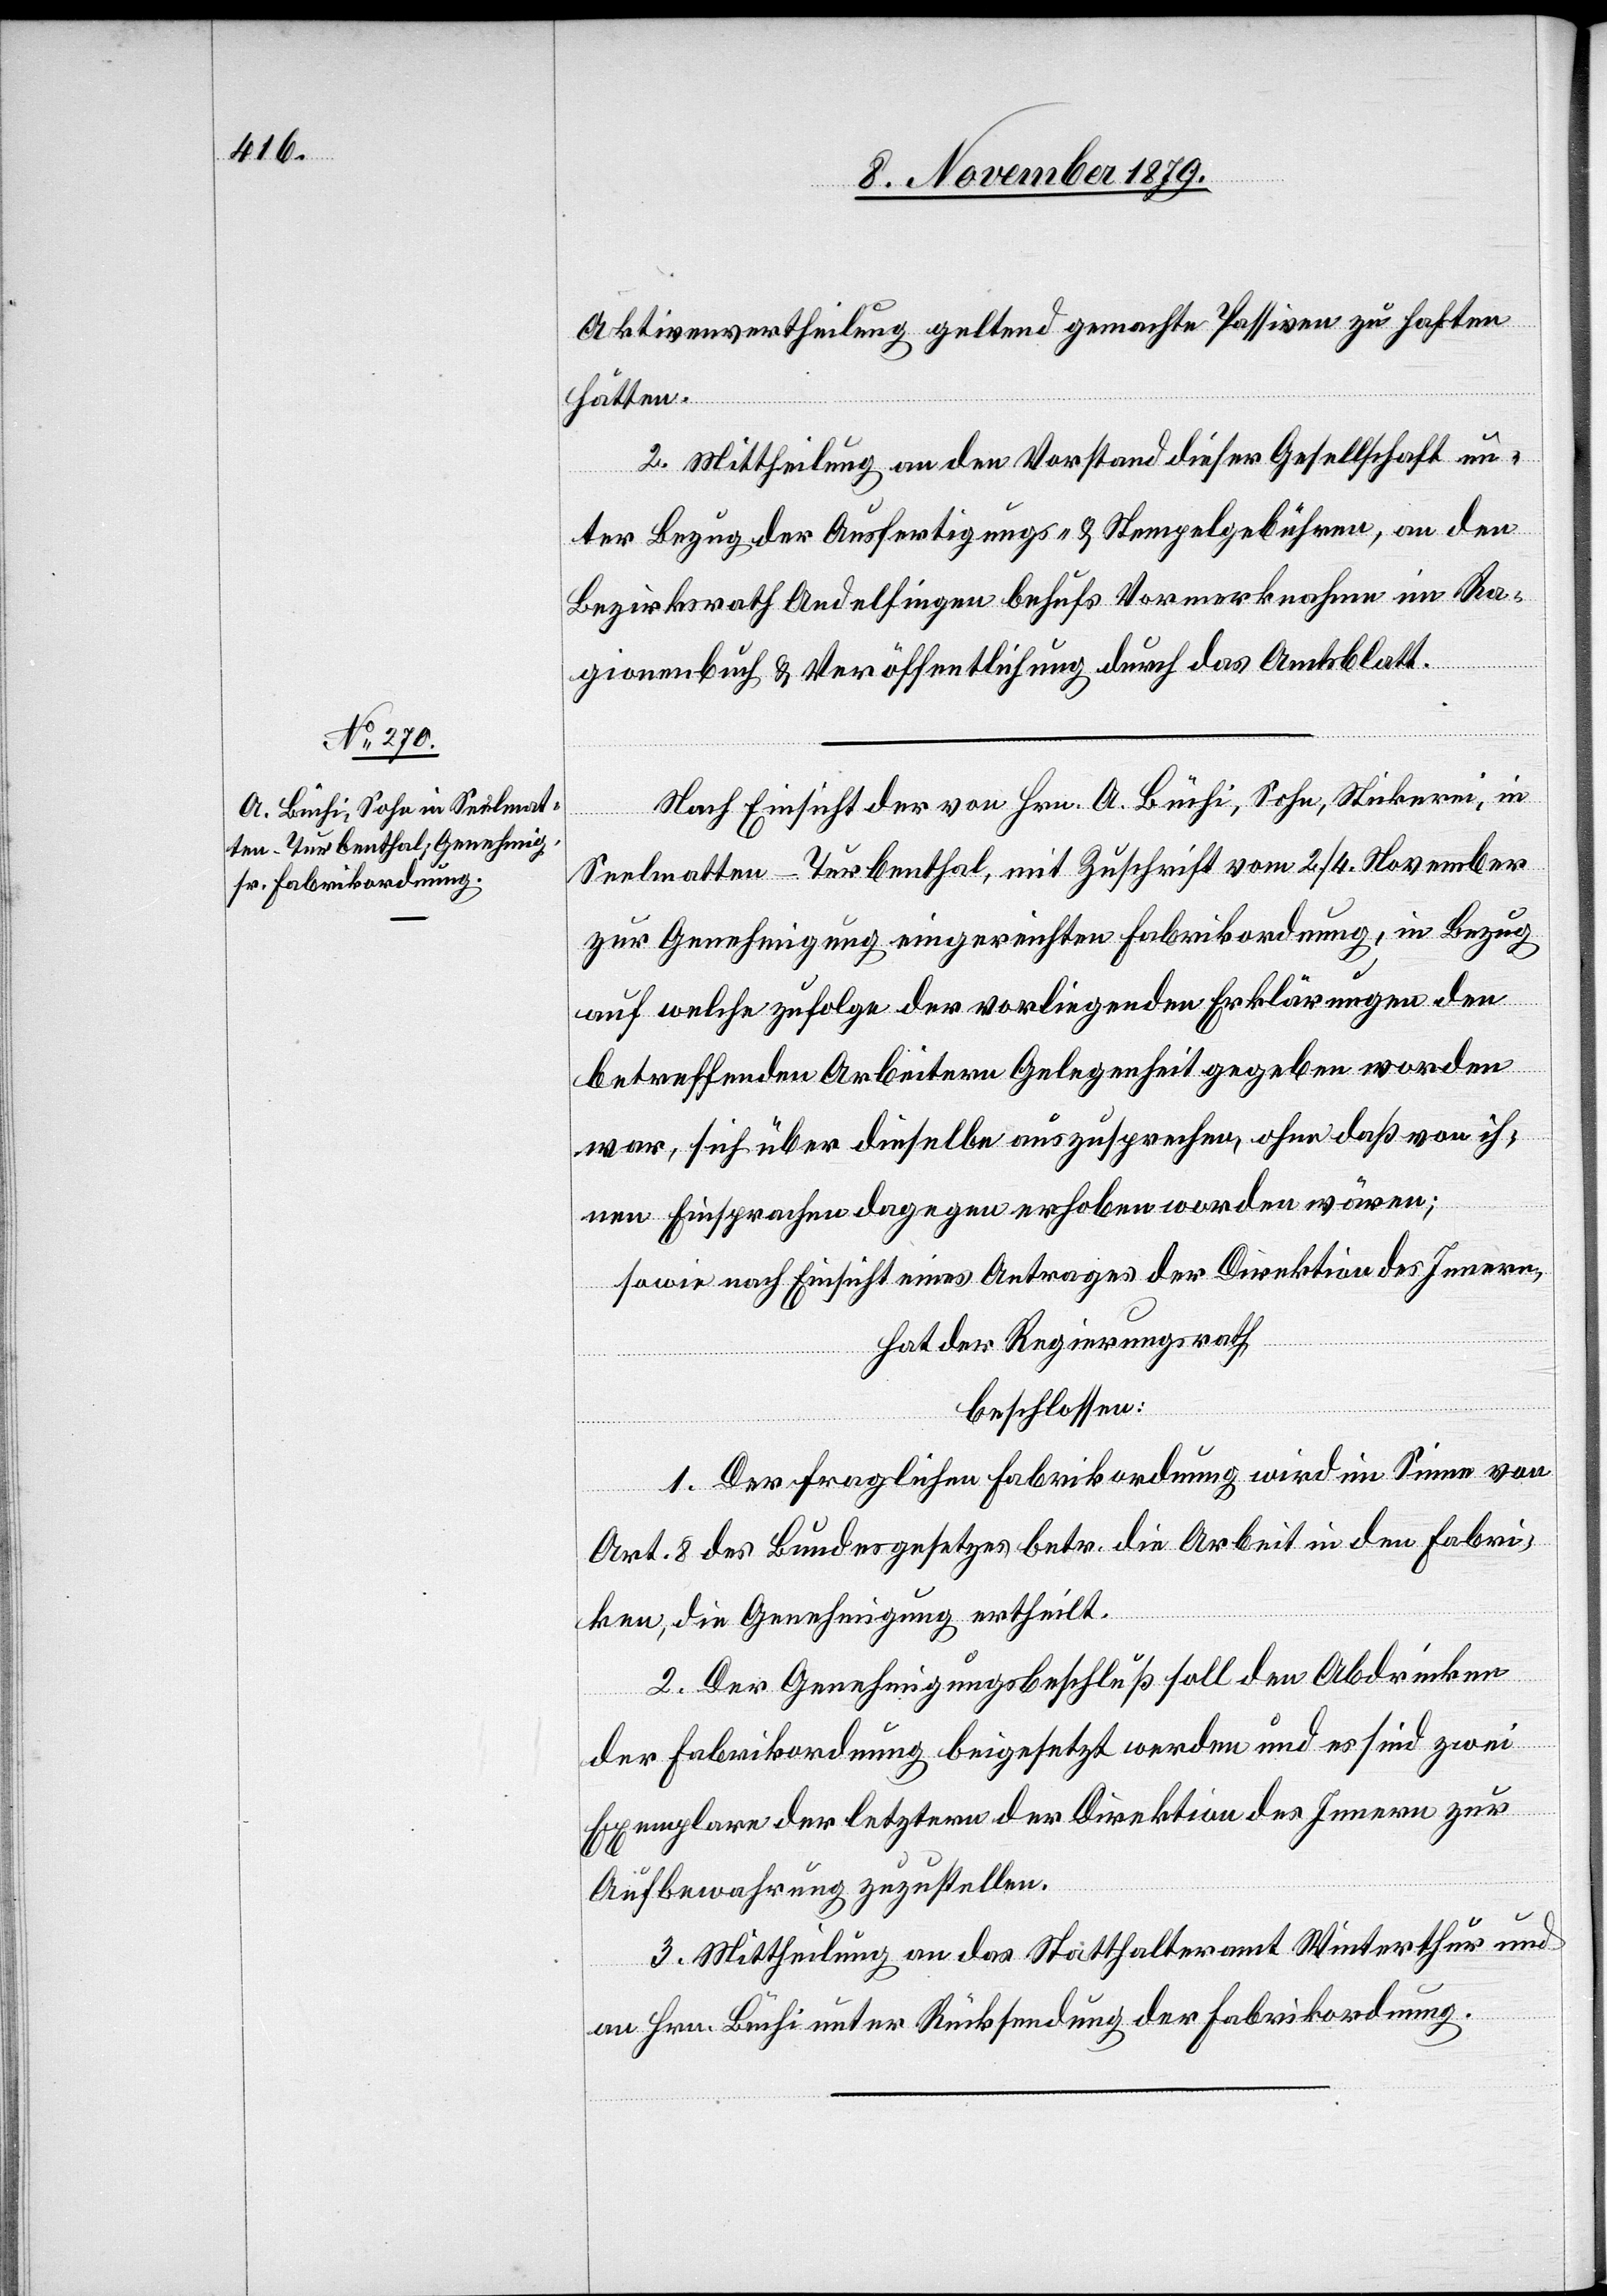
Aktivenvertheilung geltend gemachte Passiven zu haften
hätten.
2. Mittheilung an den Vorstand dieser Gesellschaft un¬
ter Bezug der Ausfertigungs- & Stempelgebühren, an den
Bezirksrath Andelfingen behufs Vormerknahme im Ra¬
gionenbuch & Veröffentlichung durch das Amtsblatt.
Nach Einsicht der von Hrn. A. Büchi, Sohn, Stickerei, in
Seelmatten - Turbenthal, mit Zuschrift vom 2./4. November
zur Genehmigung eingereichten Fabrikordnung, in Bezug
auf welche zufolge der vorliegenden Erklärungen den
betreffenden Arbeitern Gelegenheit gegeben worden
war, sich über dieselbe auszusprechen, ohne daß von ih¬
nen Einsprachen dagegen erhoben worden wären;
sowie nach Einsicht eines Antrages der Direktion des Innern,
hat der Regierungsrath
beschlossen:
1. Der fraglichen Fabrikordnung wird im Sinne von
Art. 8 des Bundesgesetzes betr. die Arbeit in den Fabri¬
ken, die Genehmigung ertheilt.
2. Der Genehmigungsbeschluß soll den Abdrücken
der Fabrikordnung beigesetzt werden und es sind zwei
Exemplare der letztern der Direktion des Innern zur
Aufbewahrung zuzustellen.
3. Mittheilung an das Statthalteramt Winterthur und
an Hrn. Büchi unter Rücksendung der Fabrikordnung.